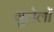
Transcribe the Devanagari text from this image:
गुलेलों